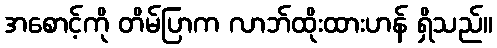
အစောင့်ကို တိမ်ပြာက လာဘ်ထိုးထားဟန် ရှိသည်။